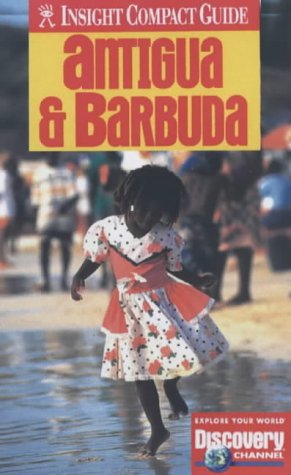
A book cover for Antigua and Barbuda Insight Compact Guide (Insight Compact Guides); Travel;